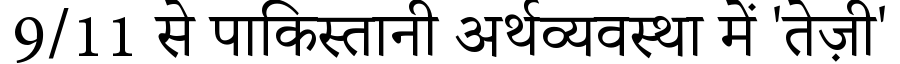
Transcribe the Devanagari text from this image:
9/11 से पाकिस्तानी अर्थव्यवस्था में 'तेज़ी'